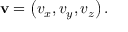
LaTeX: \mathbf { v } = \left( v _ { x } , v _ { y } , v _ { z } \right) .